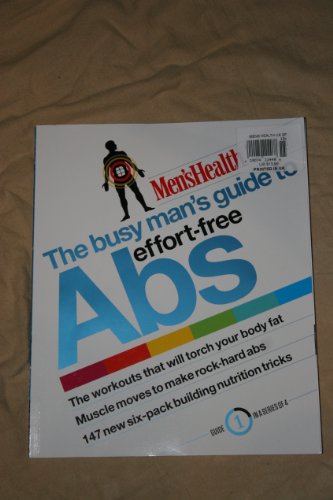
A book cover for men's health (a busy man's guide to effort free ABS, guide 1); various; Health, Fitness & Dieting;